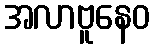
အလာဗူနေဝ